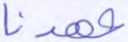
عهدنا